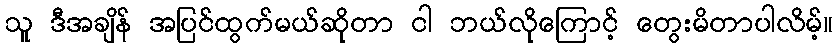
သူ ဒီအချိန် အပြင်ထွက်မယ်ဆိုတာ ငါ ဘယ်လိုကြောင့် တွေးမိတာပါလိမ့်။